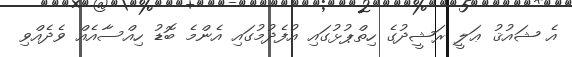
އެ ޝައުޤު ޢަލީ ރަޝީދުގެ ހިތްޕުޅުގައި އުފެދުމުގައި އެންމެ ބޮޑު ހިއްސާއެއް ވެދެއްވި